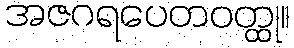
အဇဂရပေတဝတ္ထု။